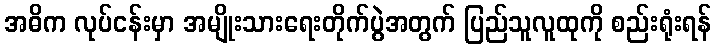
အဓိက လုပ်ငန်းမှာ အမျိုးသားရေးတိုက်ပွဲအတွက် ပြည်သူလူထုကို စည်းရုံးရန်